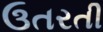
ઉતરતી